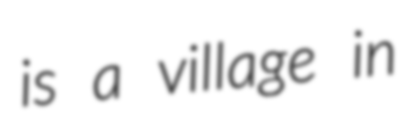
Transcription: is a village in